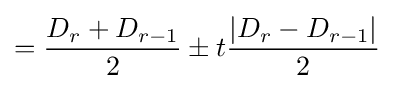
\displaystyle ={\frac {D_{r}+D_{r-1}}{2}}\pm t{\frac {|D_{r}-D_{r-1}|}{2}}